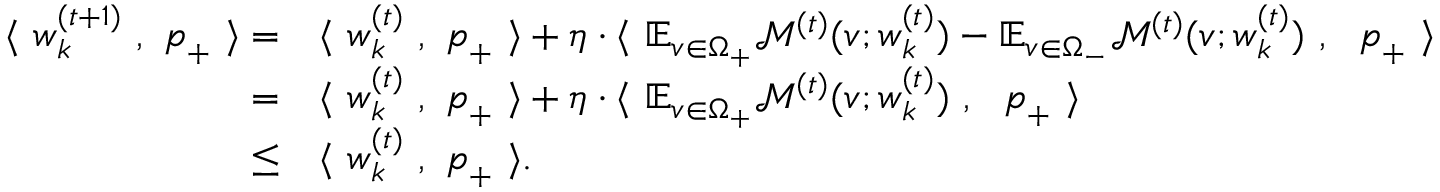
\begin{array} { r l } { \langle ~ { \boldsymbol w } _ { k } ^ { ( t + 1 ) } ~ , ~ { \boldsymbol p } _ { + } ~ \rangle = } & { \langle ~ { \boldsymbol w } _ { k } ^ { ( t ) } ~ , ~ { \boldsymbol p } _ { + } ~ \rangle + \eta \cdot \langle ~ \mathbb { E } _ { v \in \Omega _ { + } } \mathcal { M } ^ { ( t ) } ( v ; { \boldsymbol w } _ { k } ^ { ( t ) } ) - \mathbb { E } _ { v \in \Omega _ { - } } \mathcal { M } ^ { ( t ) } ( v ; { \boldsymbol w } _ { k } ^ { ( t ) } ) ~ , ~ ~ { \boldsymbol p } _ { + } ~ \rangle } \\ { = } & { \langle ~ { \boldsymbol w } _ { k } ^ { ( t ) } ~ , ~ { \boldsymbol p } _ { + } ~ \rangle + \eta \cdot \langle ~ \mathbb { E } _ { v \in \Omega _ { + } } \mathcal { M } ^ { ( t ) } ( v ; { \boldsymbol w } _ { k } ^ { ( t ) } ) ~ , ~ ~ { \boldsymbol p } _ { + } ~ \rangle } \\ { \le } & { \langle ~ { \boldsymbol w } _ { k } ^ { ( t ) } ~ , ~ { \boldsymbol p } _ { + } ~ \rangle . } \end{array}